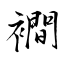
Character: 襇